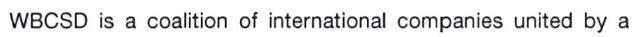
WBCSD is a coalition of international companies united by a